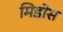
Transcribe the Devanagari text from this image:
मिडोस